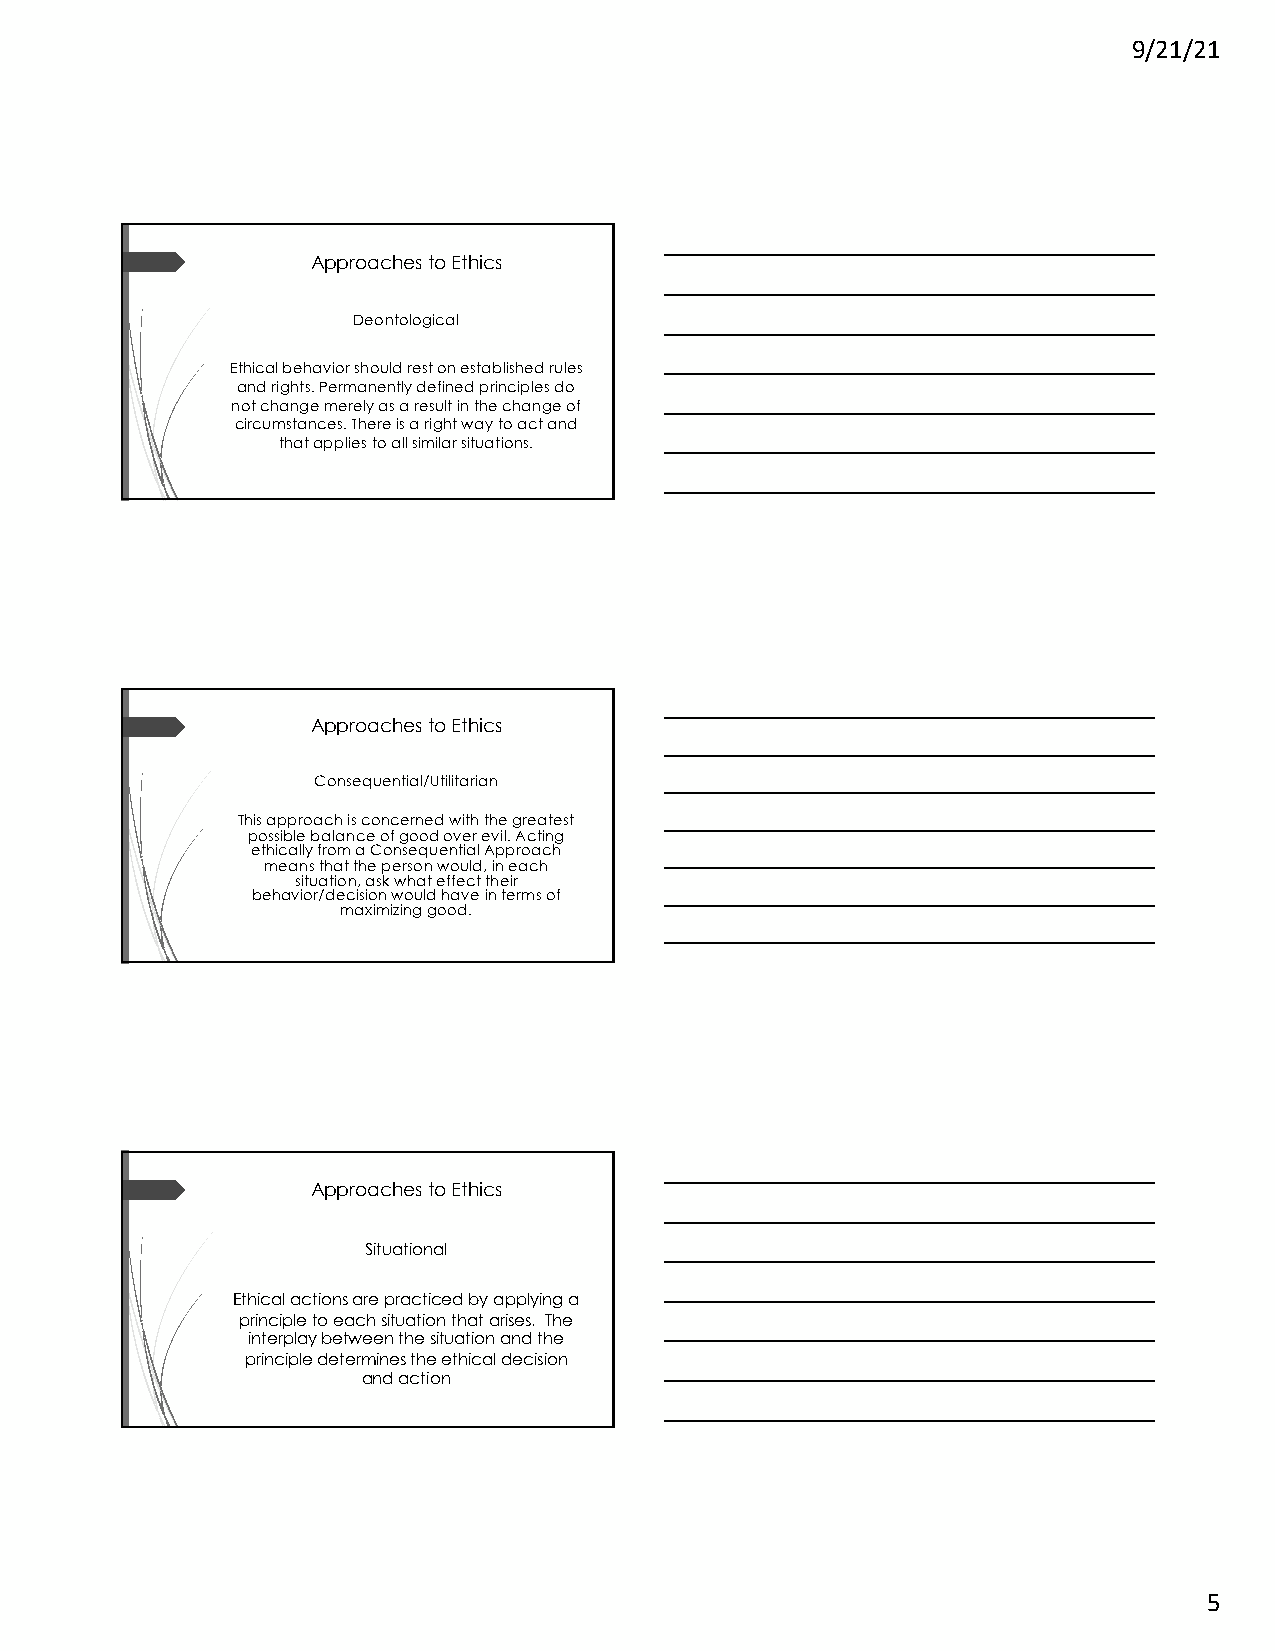
9/21/21
 Approaches to Ethics
 Deontological
 Ethical behavior should rest on established rules
 and rights. Permanently defined principles do
 not change merely as a result in the change of
 circumstances. There is a right way to act and
 that applies to all similar situations.
 Approaches to Ethics
 Consequential/Utilitarian
 This approach is concerned with the greatest
 possible balance of good over evil. Acting
 ethically from a Consequential Approach
 means that the person would, in each
 situation, ask what effect their
 behavior/decision would have in terms of
 maximizing good.
 Approaches to Ethics
 Situational
 Ethical actions are practiced by applying a
 principle to each situation that arises. The
 interplay between the situation and the
 principle determines the ethical decision
 and action
 5